Report on lock hospitals in British Burma
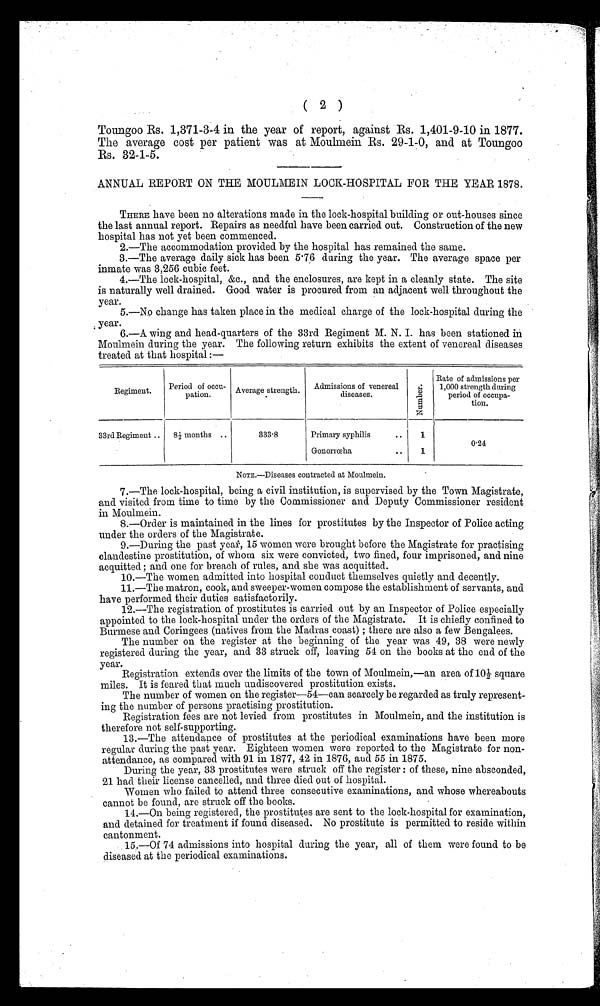
( 2 )
Toungoo Rs. 1,371-3-4 in the year of report, against Rs. 1,401-9-10 in 1877.
The average cost per patient was at Moulmein Rs. 29-1-0, and at Toungoo
Rs. 32-1-5.
ANNUAL REPORT ON THE MOULMEIN LOCK-HOSPITAL FOR THE YEAR 1878.
THERE have been no alterations made in the lock-hospital building or out-houses since
the last annual report. Repairs as needful have been carried out. Construction of the new
hospital has not yet been commenced.
2.—The accommodation provided by the hospital has remained the same.
3.—The average daily sick has been 5.76 during the year. The average space per
inmate was 3,256 cubic feet.
4.—The lock-hospital,. &c., and the enclosures, are kept in a cleanly state. The site
is naturally well drained. Good water is procured from an adjacent well throughout the
year.
5.—No change has taken place in the medical charge of the lock-hospital during the
year.
6.—A wing and head-quarters of the 33rd Regiment M. N. I. has been stationed in
Moulmein during the year. The following return exhibits the extent of venereal diseases
treated at the hospital:—
Regiment.
Period of occu-
pation.
Average strength.
Admissions of venereal
diseases.
N u m b e r .
Rate of admissions per
1,000 strength during
period of occupa-
tion.
33rd Regiment ..
8 1/2 months . .
333.8
Primary syphilis
..
1
0.24
Gonorrceha
..
1
NOTE.—Diseases contracted at Moulmein.
7.—The lock-hospital, being a civil institution, is supervised by the Town Magistrate,
and visited from time to time by the Commissioner and Deputy Commissioner resident
in Moulmein.
8.—Order is maintained in the lines for prostitutes by the Inspector of Police acting
under the orders of the Magistrate.
9.—During the past year, 15 women were brought before the Magistrate for practising
clandestine prostitution, of whom six were convicted, two fined, four imprisoned, and nine
acquitted ; and one for breach of rules, and she was acquitted.
10.—The women admitted into hospital conduct themselves quietly and decently.
11.—The matron, cook, and sweeper-women compose the establishment of servants, and
have performed their duties satisfactorily.
12.—The registration of prostitutes is carried out by an Inspector of Police especially
appointed to the lock-hospital under the orders of the Magistrate. It is chiefly confined to
Burmese and Coringees (natives from the Madras coast) ; there are also a few Bengalees.
The number on the register at the beginning of the year was 49, 38 were newly
registered during the year, and 33 struck off, leaving 54 on the books at the end of the
year.
Registration extends over the limits of the town of Moulmein,—an area of 1 0 1 / 2
s q u a r e
miles. It is feared that much undiscovered prostitution exists.
The number of women on the register—54—can scarcely be regarded as truly represent
ing the number of persons practising prostitution.
Registration fees are not levied from prostitutes in Moulmein, and the institution is
therefore not self-supporting.
13.—The attendance of prostitutes at the periodical examinations have been more
regular during the past year. Eighteen women were reported to the Magistrate for non
- a t t e n d a n c e , a s c o m p a r e d w i t h 9 1 i n 1 8 7 7 , 4 2 i n 1 8 7 6 , a n d 5 5 i n 1 8 7 5 .
During the year, 33 prostitutes were struck off the register : of these, nine absconded,
21 had their license cancelled, and three died out of hospital.
Women who failed to attend three consecutive examinations, and whose whereabouts
cannot be found, are struck off the books.
14.—On being registered, the prostitutes are sent to the lock-hospital for examination,
and detained for treatment if found diseased. No prostitute is permitted to reside within
cantonment.
15.— Of 74 admissions into hospital during the year, all of them were found to be
diseased at the periodical examinations.